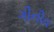
ગીનીવ